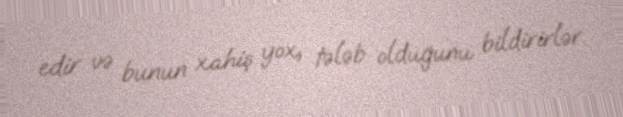
edir və bunun xahiş yox, tələb olduğunu bildirirlər.